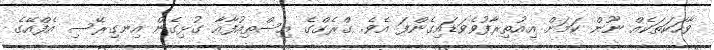
ވާހަކަތަކެއް ނޫން ކަމަށް އިއުތިރާފުވެވަޑައިގެންފަ އެވެ. ގްރެގްގެ އިސްތިއުފާއާ ގުޅިގެން އިނގިރޭސި އެފްއޭގެ